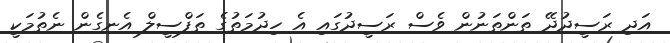
އަދި ރަސީދުދޭ ތަންތަނުން ވެސް ރަސީދުގައި އެ ހިދުމަތުގެ ތަފްސީލް އެނގެން ނެތުމަކީ